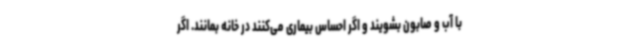
با آب و صابون بشویند و اگر احساس بیماری می‌کنند در خانه بمانند. اگر